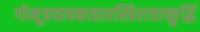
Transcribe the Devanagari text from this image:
गोमूत्रयावकाहारस्त्रिरात्राच्छुद्धिं